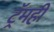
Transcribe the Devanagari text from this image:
ट्रॅमही